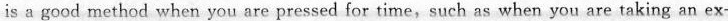
is a good method when you are pressed for time,such as when you are taking an ex-